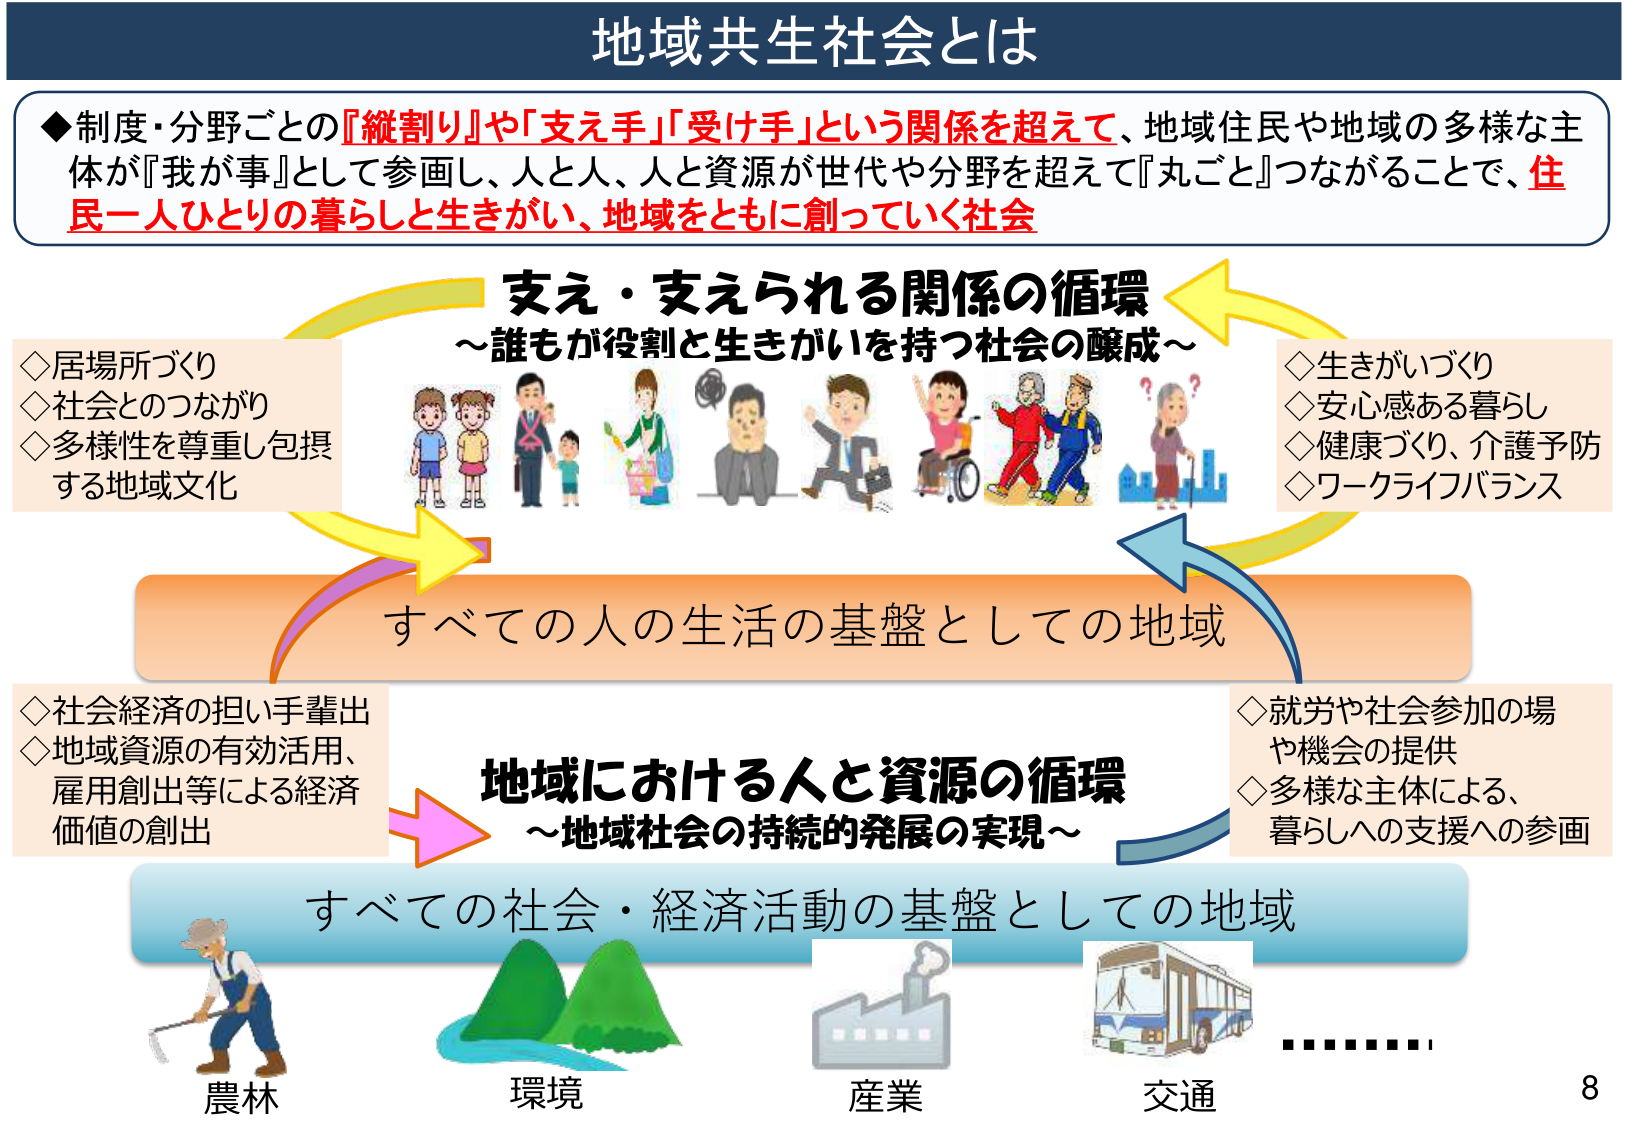
地域共生社会とは

◆制度・分野ごとの『縦割り』や『支え手』『受け手』という関係を超えて、地域住民や地域の多様な主体が『我が事』として参画し、人と人、人と資源が世代や分野を超えて『丸ごと』つながることで、住民一人ひとりの暮らしと生きがい、地域をともに創っていく社会

支え・支えられる関係の循環
～誰もが役割と生きがいを持つ社会の醸成～

◇居場所づくり
◇社会とのつながり
◇多様性を尊重し包摂する地域文化

◇生きがいづくり
◇安心感ある暮らし
◇健康づくり、介護予防
◇ワークライフバランス

すべての人の生活の基盤としての地域

地域における人と資源の循環
～地域社会の持続的発展の実現～

◇社会経済の担い手輩出
◇地域資源の有効活用、雇用創出等による経済価値の創出

◇就労や社会参加の場や機会の提供
◇多様な主体による、暮らしへの支援への参画

すべての社会・経済活動の基盤としての地域

農林
環境
産業
交通

8